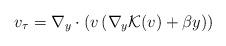
LaTeX: \begin{align*}v_\tau=\nabla_y\cdot(v\,(\nabla_y {\cal K}(v)+\beta y))\end{align*}